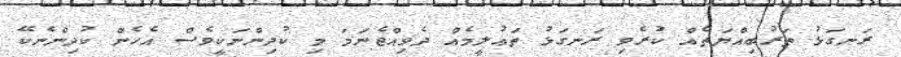
ރަނގަޅު ތަރުބިއްޔަތެއް ކުރެވި ރަނގަޅު ތަޢުލީމެއް ދެވިއްޖެނަމަ މި ކުދިންނަކީވެސް އެހެން ކުދިންނެކޭ